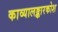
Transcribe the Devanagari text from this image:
काव्यालङ्कारकोश